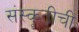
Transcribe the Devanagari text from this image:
संस्कॄतीची